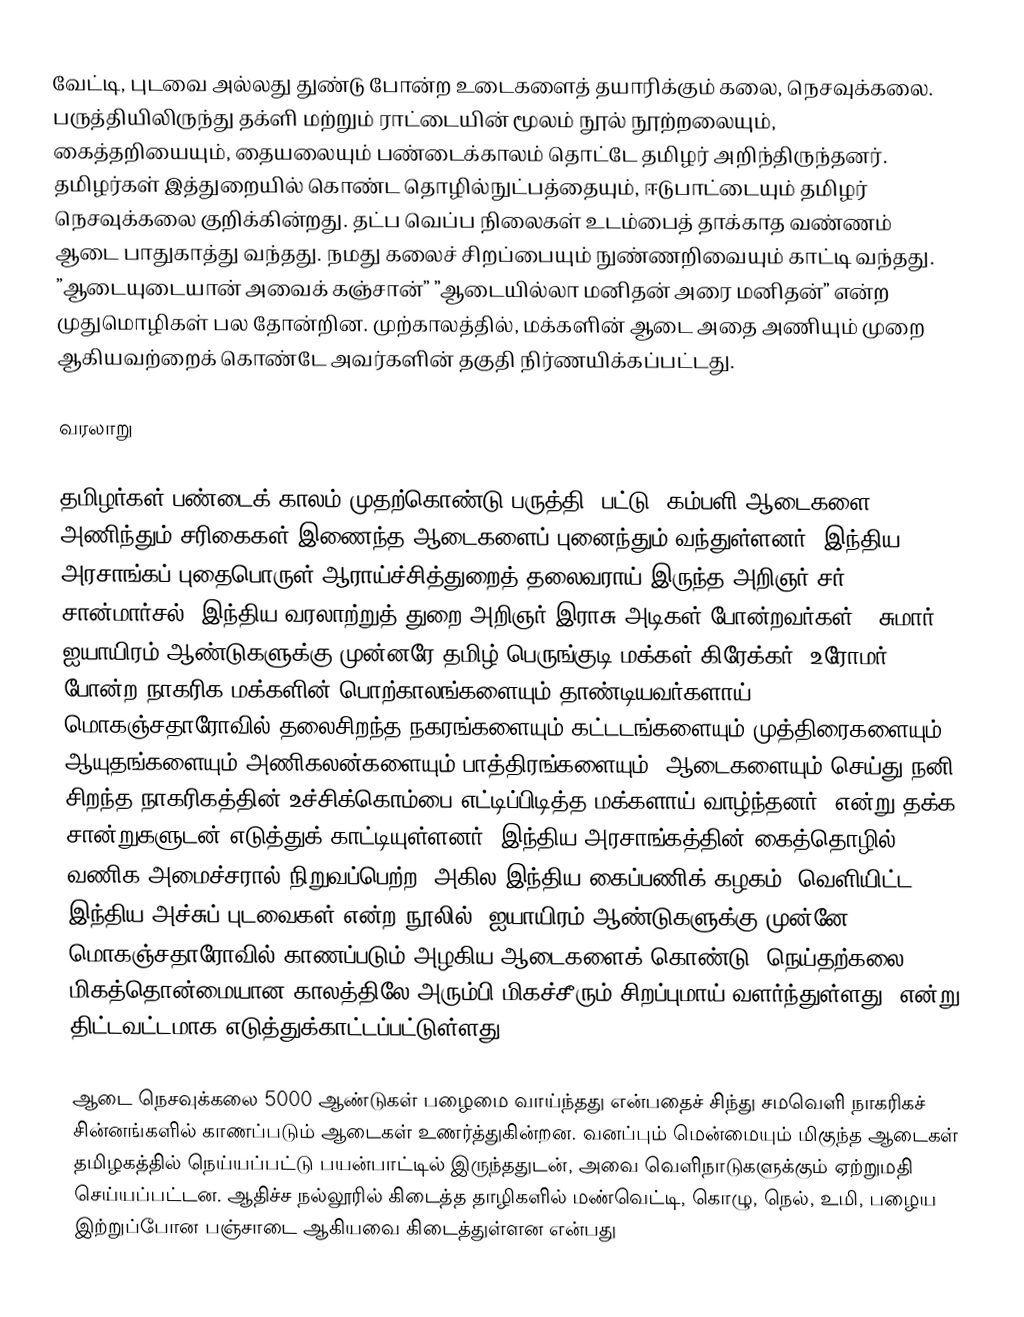
வேட்டி, புடவை அல்லது துண்டு போன்ற உடைகளைத் தயாரிக்கும் கலை, நெசவுக்கலை.  பருத்தியிலிருந்து தக்ளி மற்றும் ராட்டையின் மூலம் நூல் நூற்றலையும், கைத்தறியையும், தையலையும் பண்டைக்காலம் தொட்டே தமிழர் அறிந்திருந்தனர். தமிழர்கள் இத்துறையில் கொண்ட தொழில்நுட்பத்தையும், ஈடுபாட்டையும் தமிழர் நெசவுக்கலை குறிக்கின்றது. தட்ப வெப்ப நிலைகள் உடம்பைத் தாக்காத வண்ணம் ஆடை பாதுகாத்து வந்தது. நமது கலைச் சிறப்பையும் நுண்ணறிவையும் காட்டி வந்தது. ”ஆடையுடையான் அவைக் கஞ்சான்” ”ஆடையில்லா மனிதன் அரை மனிதன்” என்ற முதுமொழிகள் பல தோன்றின. முற்காலத்தில், மக்களின் ஆடை அதை அணியும் முறை ஆகியவற்றைக் கொண்டே அவர்களின் தகுதி நிர்ணயிக்கப்பட்டது.

வரலாறு

தமிழர்கள் பண்டைக் காலம் முதற்கொண்டு பருத்தி, பட்டு, கம்பளி ஆடைகளை அணிந்தும் சரிகைகள் இணைந்த ஆடைகளைப் புனைந்தும் வந்துள்ளனர்.  இந்திய அரசாங்கப் புதைபொருள் ஆராய்ச்சித்துறைத் தலைவராய் இருந்த அறிஞர் சர். சான்மார்சல், இந்திய வரலாற்றுத் துறை அறிஞர் இராசு அடிகள் போன்றவர்கள், "சுமார் ஐயாயிரம் ஆண்டுகளுக்கு முன்னரே தமிழ் பெருங்குடி மக்கள் கிரேக்கர், உரோமர் போன்ற நாகரிக மக்களின் பொற்காலங்களையும் தாண்டியவர்களாய், மொகஞ்சதாரோவில் தலைசிறந்த நகரங்களையும் கட்டடங்களையும் முத்திரைகளையும் ஆயுதங்களையும் அணிகலன்களையும் பாத்திரங்களையும், ஆடைகளையும் செய்து நனி சிறந்த நாகரிகத்தின் உச்சிக்கொம்பை எட்டிப்பிடித்த மக்களாய் வாழ்ந்தனர்" என்று தக்க சான்றுகளுடன் எடுத்துக் காட்டியுள்ளனர். இந்திய அரசாங்கத்தின் கைத்தொழில் வணிக அமைச்சரால் நிறுவப்பெற்ற 'அகில இந்திய கைப்பணிக் கழகம்' வெளியிட்ட இந்திய அச்சுப் புடவைகள் என்ற  நூலில் ”ஐயாயிரம் ஆண்டுகளுக்கு முன்னே மொகஞ்சதாரோவில் காணப்படும் அழகிய ஆடைகளைக் கொண்டு, நெய்தற்கலை மிகத்தொன்மையான காலத்திலே அரும்பி மிகச்சீரும் சிறப்புமாய் வளர்ந்துள்ளது” என்று திட்டவட்டமாக எடுத்துக்காட்டப்பட்டுள்ளது.

ஆடை நெசவுக்கலை 5000 ஆண்டுகள் பழைமை வாய்ந்தது என்பதைச் சிந்து சமவெளி நாகரிகச் சின்னங்களில் காணப்படும் ஆடைகள் உணர்த்துகின்றன. வனப்பும் மென்மையும் மிகுந்த ஆடைகள் தமிழகத்தில் நெய்யப்பட்டு பயன்பாட்டில் இருந்ததுடன், அவை வெளிநாடுகளுக்கும் ஏற்றுமதி செய்யப்பட்டன. ஆதிச்ச நல்லூரில் கிடைத்த தாழிகளில் மண்வெட்டி, கொழு, நெல், உமி, பழைய இற்றுப்போன பஞ்சாடை ஆகியவை கிடைத்துள்ளன என்பது